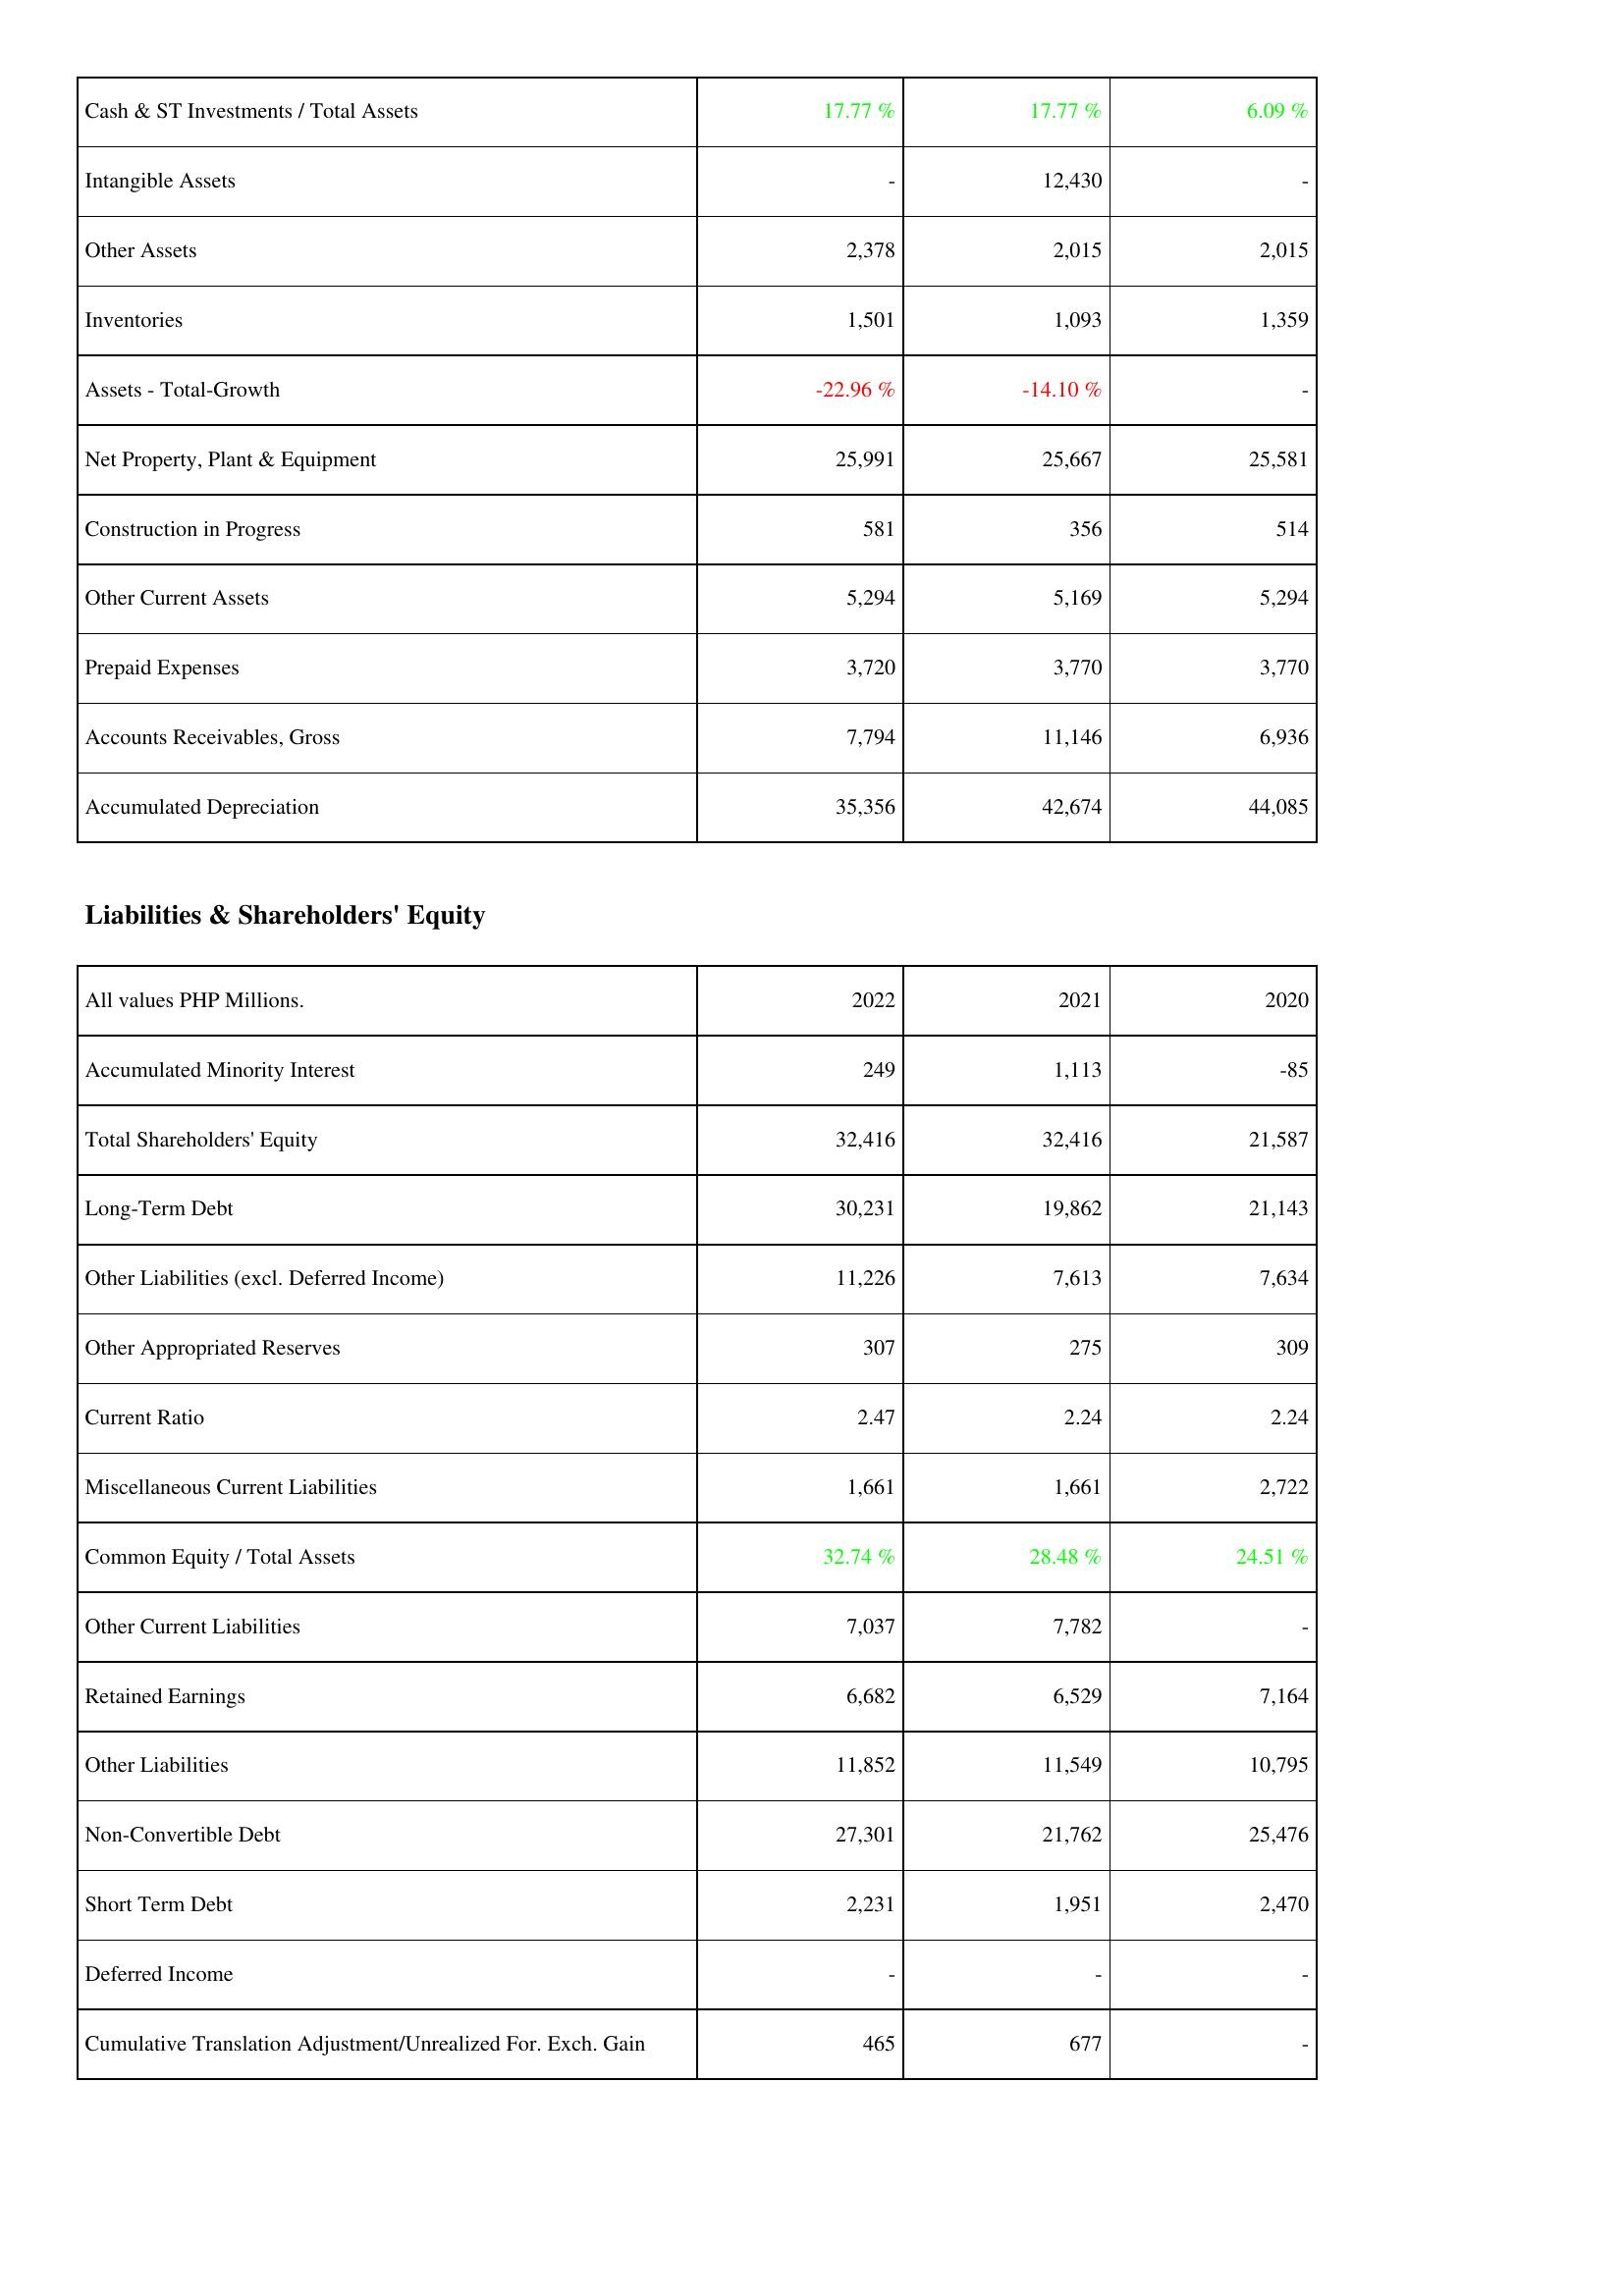
2022: Assets: Cash & ST Investments / Total Assets: 17.77 %
Intangible Assets: -
Other Assets: 2,378
Inventories: 1,501
Assets - Total-Growth: -22.96 %
Net Property, Plant & Equipment: 25,991
Construction in Progress: 581
Other Current Assets: 5,294
Prepaid Expenses: 3,720
Accounts Receivables, Gross: 7,794
Accumulated Depreciation: 35,356
Liabilities & Shareholders' Equity: Accumulated Minority Interest: 249
Total Shareholders' Equity: 32,416
Long-Term Debt: 30,231
Other Liabilities (excl. Deferred Income): 11,226
Other Appropriated Reserves: 307
Current Ratio: 2.47
Miscellaneous Current Liabilities: 1,661
Common Equity / Total Assets: 32.74 %
Other Current Liabilities: 7,037
Retained Earnings: 6,682
Other Liabilities: 11,852
Non-Convertible Debt: 27,301
Short Term Debt: 2,231
Deferred Income: -
Cumulative Translation Adjustment/Unrealized For. Exch. Gain: 465
2021: Assets: Cash & ST Investments / Total Assets: 17.77 %
Intangible Assets: 12,430
Other Assets: 2,015
Inventories: 1,093
Assets - Total-Growth: -14.10 %
Net Property, Plant & Equipment: 25,667
Construction in Progress: 356
Other Current Assets: 5,169
Prepaid Expenses: 3,770
Accounts Receivables, Gross: 11,146
Accumulated Depreciation: 42,674
Liabilities & Shareholders' Equity: Accumulated Minority Interest: 1,113
Total Shareholders' Equity: 32,416
Long-Term Debt: 19,862
Other Liabilities (excl. Deferred Income): 7,613
Other Appropriated Reserves: 275
Current Ratio: 2.24
Miscellaneous Current Liabilities: 1,661
Common Equity / Total Assets: 28.48 %
Other Current Liabilities: 7,782
Retained Earnings: 6,529
Other Liabilities: 11,549
Non-Convertible Debt: 21,762
Short Term Debt: 1,951
Deferred Income: -
Cumulative Translation Adjustment/Unrealized For. Exch. Gain: 677
2020: Assets: Cash & ST Investments / Total Assets: 6.09 %
Intangible Assets: -
Other Assets: 2,015
Inventories: 1,359
Assets - Total-Growth: -
Net Property, Plant & Equipment: 25,581
Construction in Progress: 514
Other Current Assets: 5,294
Prepaid Expenses: 3,770
Accounts Receivables, Gross: 6,936
Accumulated Depreciation: 44,085
Liabilities & Shareholders' Equity: Accumulated Minority Interest: -85
Total Shareholders' Equity: 21,587
Long-Term Debt: 21,143
Other Liabilities (excl. Deferred Income): 7,634
Other Appropriated Reserves: 309
Current Ratio: 2.24
Miscellaneous Current Liabilities: 2,722
Common Equity / Total Assets: 24.51 %
Other Current Liabilities: -
Retained Earnings: 7,164
Other Liabilities: 10,795
Non-Convertible Debt: 25,476
Short Term Debt: 2,470
Deferred Income: -
Cumulative Translation Adjustment/Unrealized For. Exch. Gain: -